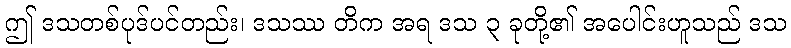
ဤ ဒသတစ်ပုဒ်ပင်တည်း၊ ဒသဿ တိက အရ ဒသ ၃ ခုတို့၏ အပေါင်းဟူသည် ဒသ